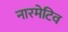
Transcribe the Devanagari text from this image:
नारमेटिव